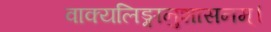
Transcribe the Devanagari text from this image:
वाक्यलिङ्गानुशासनम्।